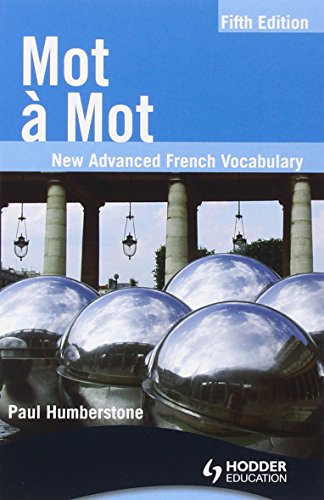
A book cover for Mot a Mot: New Advanced French Vocabulary (French Edition); Paul Humberstone; Teen & Young Adult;